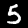
Label: 5